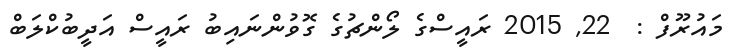
މައުރޫފް :  22